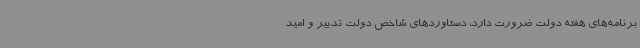
برنامه‌های هفته دولت ضرورت دارد، دستاوردهای شاخص دولت تدبیر و امید